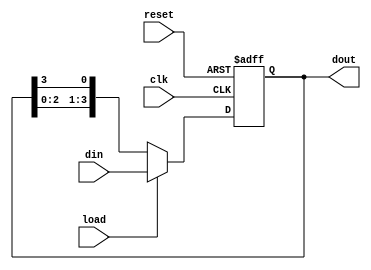
module LoadableRingCounter #(
    parameter WIDTH = 4  // Width of the counter (number of flip-flops)
)(
    input wire clk,             // Clock signal
    input wire reset,           // Reset signal
    input wire load,            // Load signal
    input wire [WIDTH-1:0] din, // Data input for loading
    output reg [WIDTH-1:0] dout  // Output of the counter
);

    // Internal signals
    reg [WIDTH-1:0] next_state;

    always @(posedge clk or posedge reset) begin
        if (reset) begin
            dout <= {WIDTH{1'b0}}; // Reset the counter to 0
        end else if (load) begin
            dout <= din; // Load the input value into the counter
        end else begin
            // Shift the ring counter
            next_state = {dout[WIDTH-2:0], dout[WIDTH-1]}; // Shift left
            dout <= {next_state[WIDTH-1], next_state[WIDTH-2:0]}; // Rotate
        end
    end

    // Initialize the counter to a known state on reset
    initial begin
        dout = {WIDTH{1'b0}};
    end

endmodule